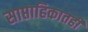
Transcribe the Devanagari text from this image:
साप्ताहिकातही